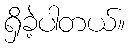
ရှိခဲ့ပါတယ်။